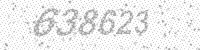
Solution: 638623